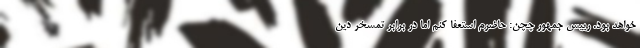
خواهد بود. رییس جمهور چچن: حاضرم استعفا کنم اما در برابر تمسخر دین